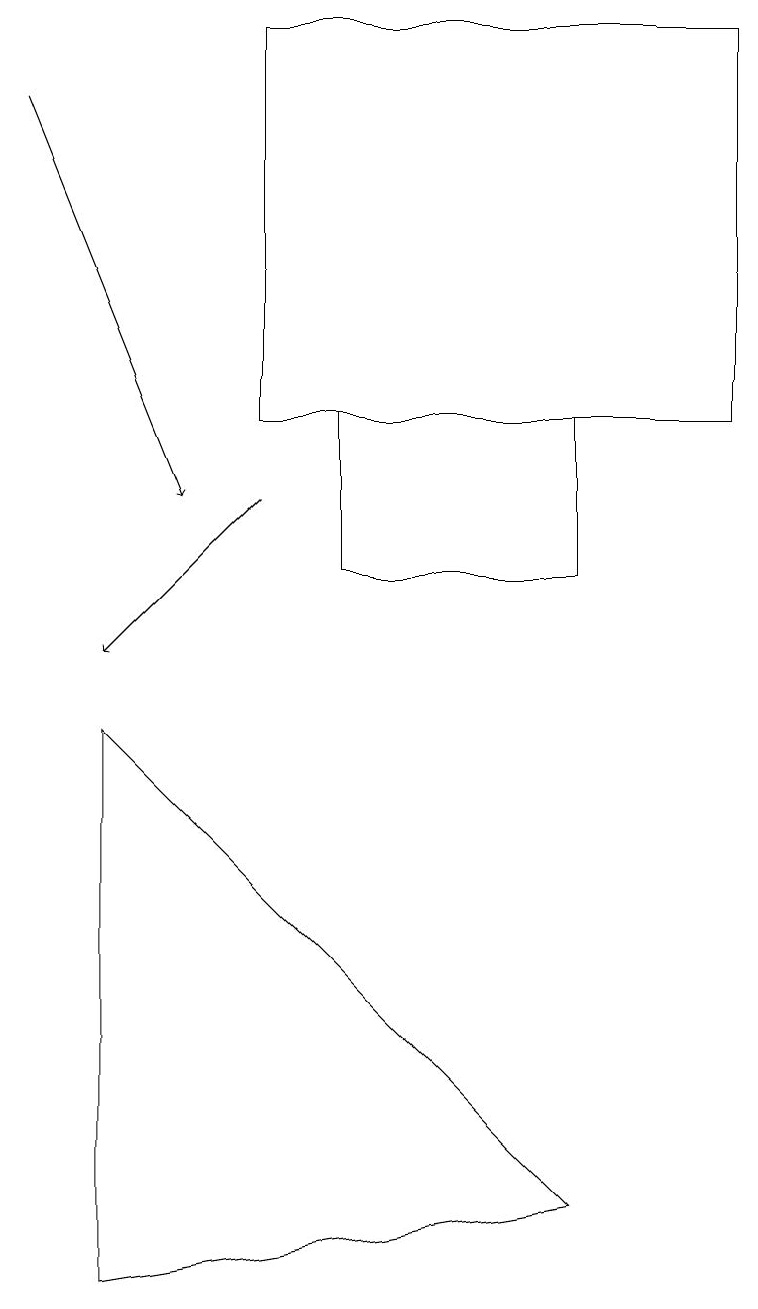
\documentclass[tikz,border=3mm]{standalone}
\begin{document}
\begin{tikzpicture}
\draw (1,2) -- (7,3) -- (1,9) -- cycle;
\draw[->] (3,12) -- (1,10);
\draw[->] (0,17) -- (2,12);
\draw (3,13) rectangle (9,18);
\draw (4,13) rectangle (7,11);
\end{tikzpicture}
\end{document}